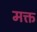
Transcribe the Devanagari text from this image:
मक्त